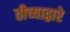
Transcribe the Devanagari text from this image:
तीच्याद्वारे